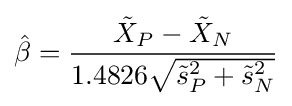
{\hat {\beta }}={\frac {{\tilde {X}}_{P}-{\tilde {X}}_{N}}{1.4826{\sqrt {{\tilde {s}}_{P}^{2}+{\tilde {s}}_{N}^{2}}}}}